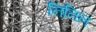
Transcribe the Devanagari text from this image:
निनिन